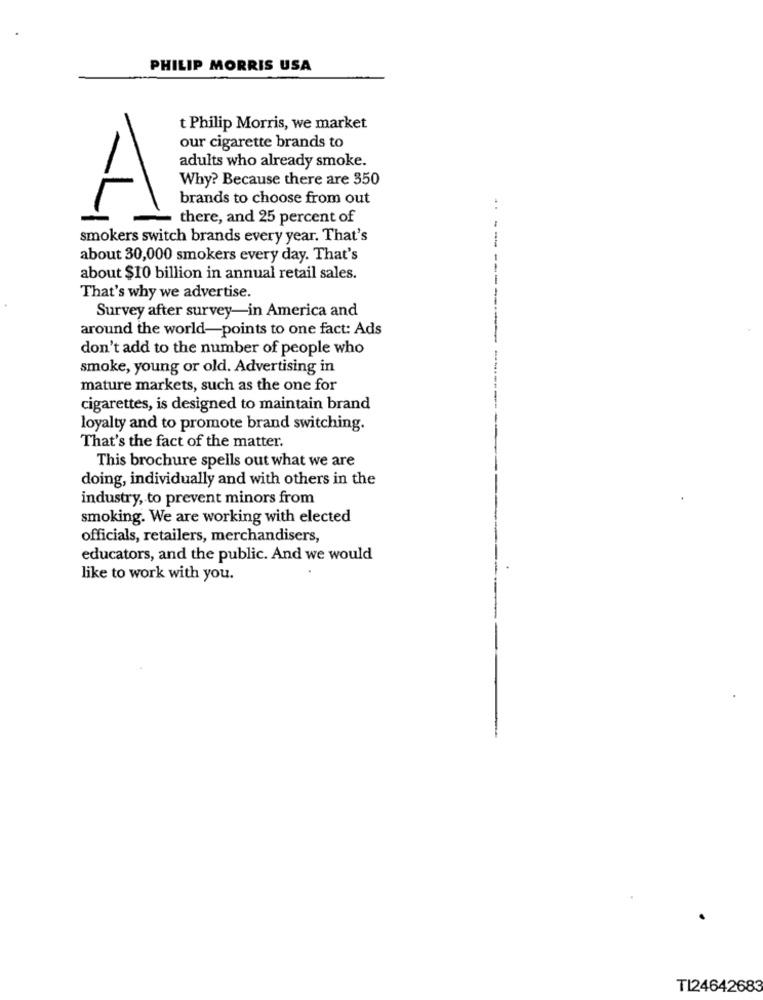
PHILIP MORRIS USA
t Philip Morris, we market
our cigarette brands to
adults who already smoke.
Why? Because there are 350
brands to choose from out
A
..
there, and 25 percent of
smokers switch brands every year. That's
-
about 30,000 smokers every day. That's
about $10 billion in annual retail sales.
That's why we advertise.
Survey after survey-in America and
around the world-points to one fact: Ads
don't add to the number of people who
smoke, young or old. Advertising in
mature markets, such as the one for
cigarettes, is designed to maintain brand
loyalty and to promote brand switching.
That's the fact of the matter.
This brochure spells out what we are
doing, individually and with others in the
industry, to prevent minors from
smoking. We are working with elected
officials, retailers, merchandisers,
educators, and the public. And we would
like to work with you.
TI24642683